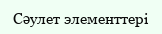
Сәулет элементтері